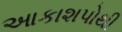
આકાશપોથી